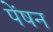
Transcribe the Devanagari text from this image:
पेंषन